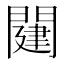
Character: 𨵭